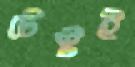
টেস্টই